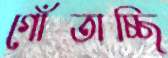
গোঁতাচ্ছি